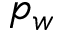
p _ { w }